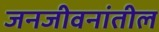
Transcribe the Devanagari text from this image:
जनजीवनांतील